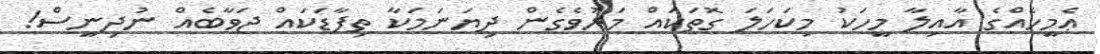
ޢެމީހެއްގެ އާއިލާ މީހަކު މިކަހަލަ ގޮތަކައް މަރުވެެގެން ދިޔަނަމަކާ ތިފާޑަކައް ޖަވާބެއް ނުދިނީސް!